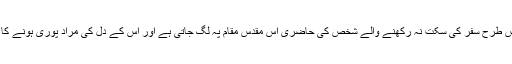
خیال یہ ہے کہ اس طرح سفر کی سکت نہ رکھنے والے شخص کی حاضری اس مقدس مقام پہ لگ جاتی ہے اور اس کے دل کی مراد پوری ہونے کا امکان ہوجاتا ہے۔